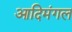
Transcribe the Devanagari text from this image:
आदिमंगल